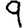
Digit: 9